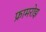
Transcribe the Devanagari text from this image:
फ्रामरोझ